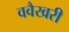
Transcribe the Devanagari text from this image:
ववैखरी